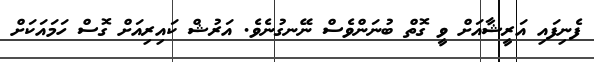
ފެނިފައި އަރީޝާއަށް ވީ ގޮތް ބުނަންވެސް ނޭނގުނެވެ. އަރުޝް ކައިރިއަށް ގޮސް ހަމައަކަށް